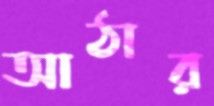
আঠার